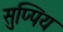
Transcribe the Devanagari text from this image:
सुप्पिय